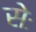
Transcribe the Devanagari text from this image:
सेः